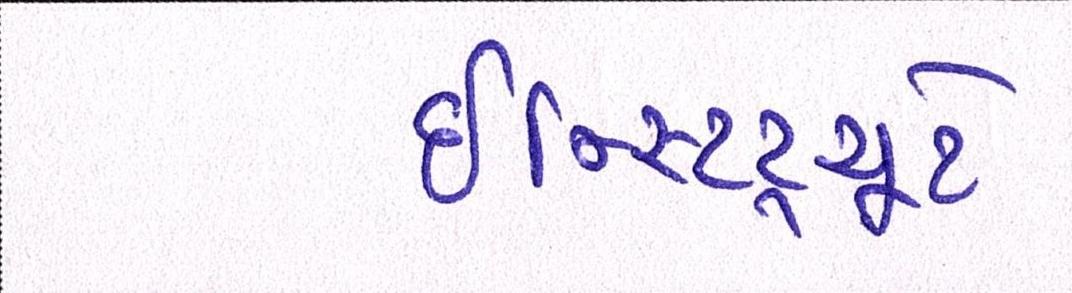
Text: ઇન્સ્ટિટ્યૂટે